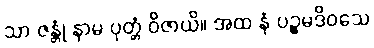
သာ ဇန္တုံ နာမ ပုတ္တံ ဝိဇာယိ။ အထ နံ ပဉ္စမဒိဝသေ